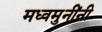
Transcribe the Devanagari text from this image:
मध्वमुनींनी